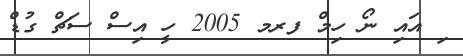
ި އައި ނޯ ހިމް ފރމ 2005 ހީ އިސް ސަޗް ގުޑް